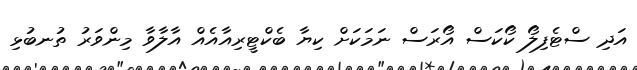
އަދި ސްޓެފިލޯ ކޯކަސް އޯރަސް ނަމަކަށް ކިޔާ ބެކްޓީރިއާއެއް އާލާވާ މިންވަރު ތުނބުޅި